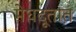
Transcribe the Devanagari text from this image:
मेघदूतात